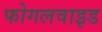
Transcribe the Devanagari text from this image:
फोगलवाइड